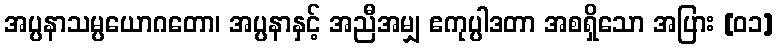
အပ္ပနာသမ္ပယောဂတော၊ အပ္ပနာနှင့် အညီအမျှ ဧကုပ္ပါဒတာ အစရှိသော အပြား [၀၁]